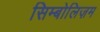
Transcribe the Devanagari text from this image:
सिम्बोलिज़म